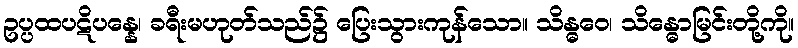
ဥပ္ပထပဋိပန္နေ၊ ခရီးမဟုတ်သည်၌ ပြေးသွားကုန်သော။ သိန္ဓဝေ၊ သိန္ဓောမြင်းတို့ကို။